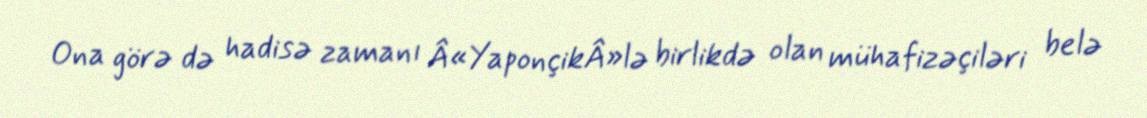
Ona görə də hadisə zamanı Â«YaponçikÂ»lə birlikdə olan mühafizəçiləri belə